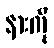
နားကို